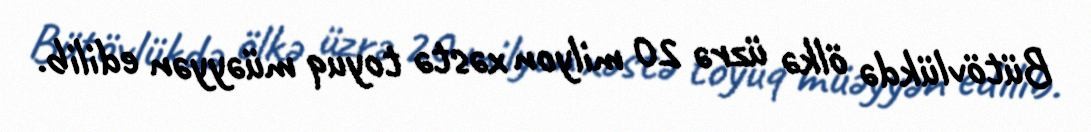
Bütövlükdə ölkə üzrə 20 milyon xəstə toyuq müəyyən edilib.